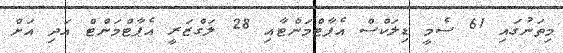
މިތަނުގައި 61 ސެމީ ޑިލަކްސް އެޕާޓްމަންޓާއި 28 ލަގްޒަރީ އެޕާޓްމަންޓް އަދި އަށް